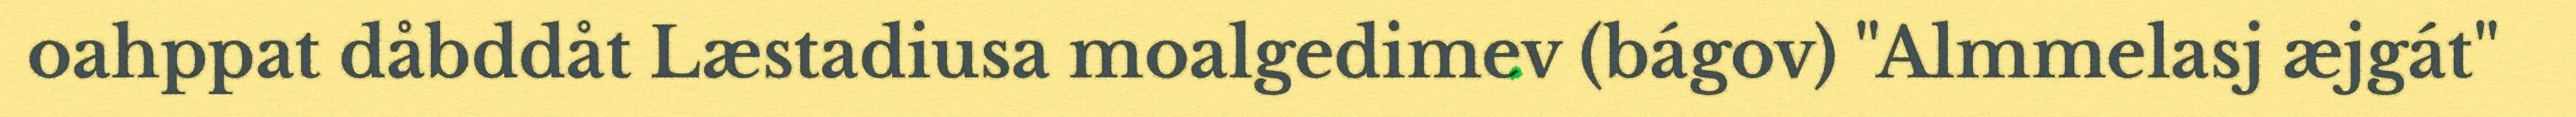
oahppat dåbddåt Læstadiusa moalgedimev (bágov) "Almmelasj æjgát"